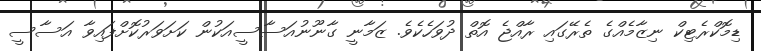
ޑިމޮކްރެޓިކް ނިޒާމެއްގެ ތެރޭގައި ރާއްޖެ އޮތް ދުވަހެކެވެ. ޒަމާނީ ގާނޫނުއަސާސީއަކުން ކަށަވަރުކޮށްފައިވާ އަސާސީ